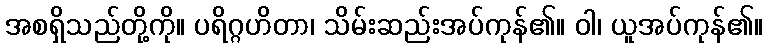
အစရှိသည်တို့ကို။ ပရိဂ္ဂဟိတာ၊ သိမ်းဆည်းအပ်ကုန်၏။ ဝါ၊ ယူအပ်ကုန်၏။